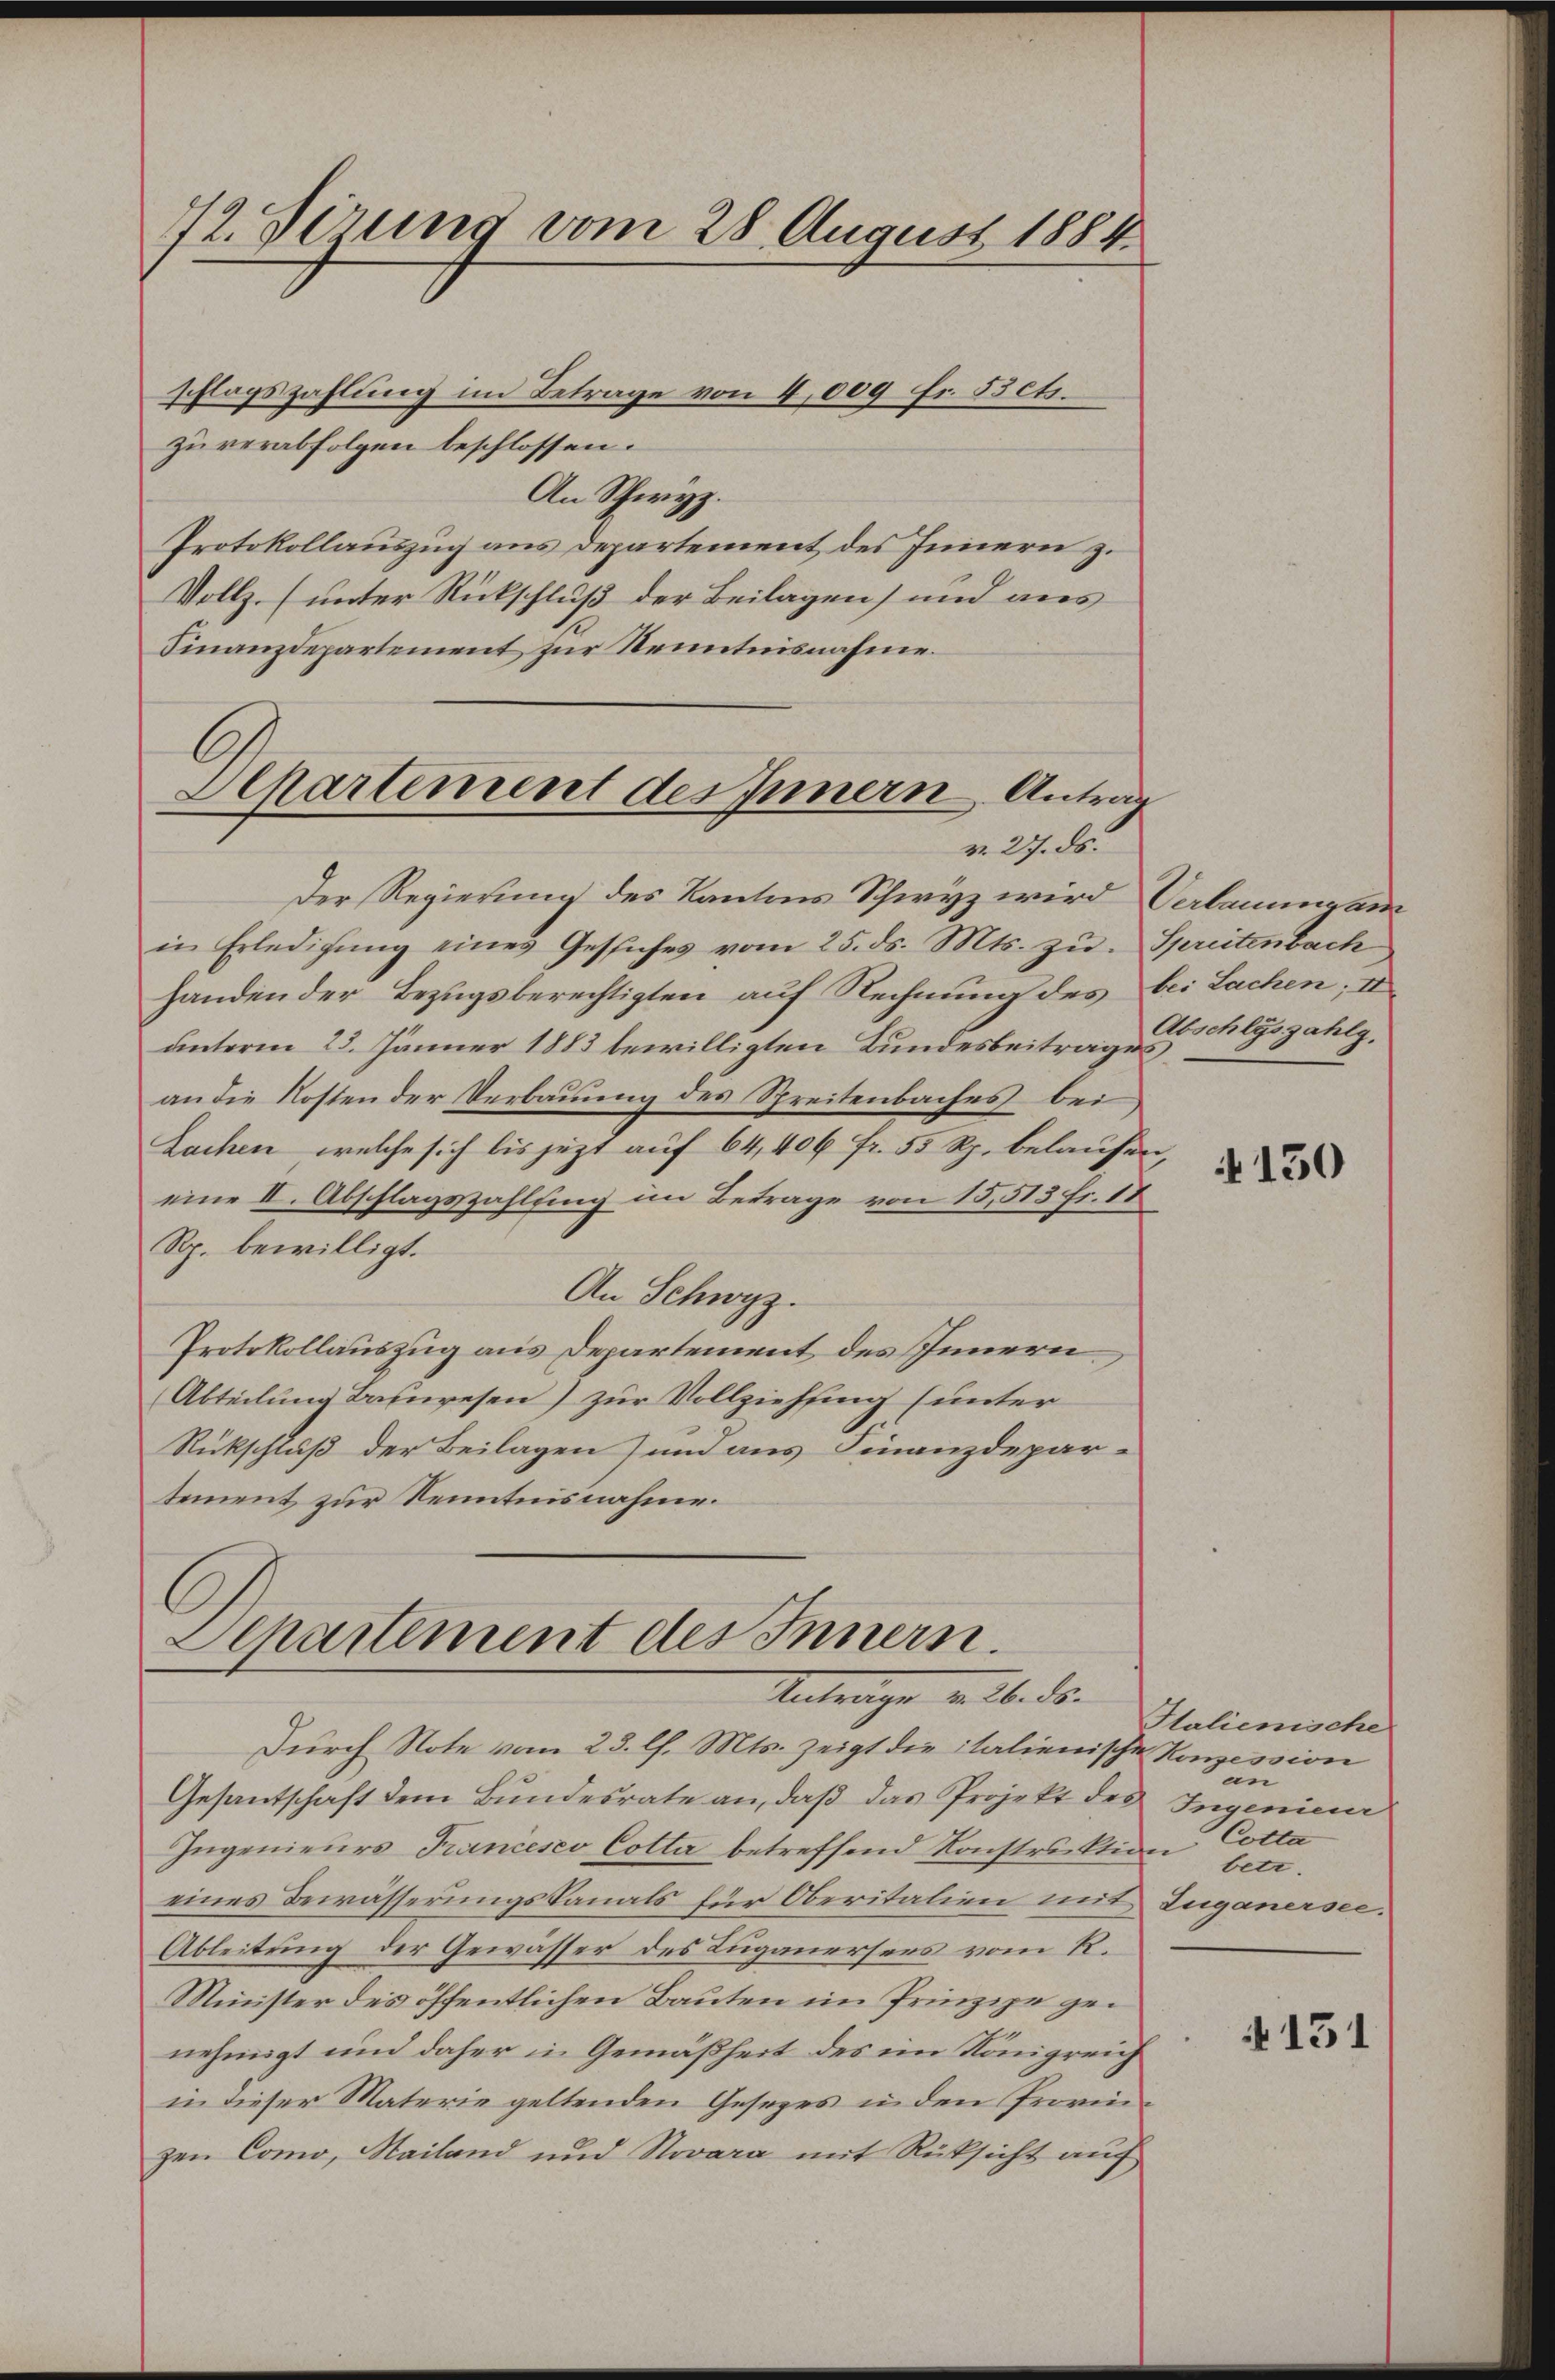
72. Verung vom 28 August 1884

schlagszahlung im Betrage von 4,000 Fr. 53ct.
zu verabfolgen beschlossen.
An Schwyz.
Protokollauszug aus Departement des Innern z.
Vollz. (unter Rückschluß der Beilagen) und aus
Finanzdepartement zur Kenntnisnahme.
E

Apartement des Innern Antrag
v. 27. ds.

Der Regierung des Kantons Schwyz wird Verlaungan
in Erledigŭng eines Gesŭches vom 25. ds. Mts. zŭ Spreitenbach
handen der Bezugsberechtigten auf Rechnung des bei Lachen, u
unterm 25. Jänner 1883 bewilligten Bundesbeitrages,
an die Kosten der Verbauung des Spreitenbaches bei
Lachen, welche sich bis jetzt auf 64, 406 fr. 55 Rp. belaufen,
eine II. Abschlagszahlsing im Betrage von 15,513 Fr. 18
Rp. bewilligt.
An Schwyz.
Protokollauszug aus Departement des Innern,
Abteilung Bauwesen) zur Vollziehung (unter
Rückschluß der Beilagen) um aus Finanzdepar-
tement zur Kenntnisnahme.

Separtement des Innern.
Antrage v. 26. ds.

Durch Note vom 23. l. Mts. zeigt die italienische Konzession
Gesantschaft dem Bundesrate an, daß das Projekt des
Ingenieurs Francesco Cotta betreffend Konstruktion Cotta
eines Bewässerungskanals für Oberitalien mit Zuganersee-
Ableitung der Gewässer des Lugauersers vom R.
Minister des öffentlichen Bauten im Prinzipe genehmigt und daher in Gemäßheit des im Königreich
in dieser Materie geltenden Gesezes in den Provin-
zen Como, Mailand und Novara mit Rüksicht aŭf

Abschläszahlg.

4150

Halienische
un
Ingenieur
betr

131